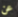
عن